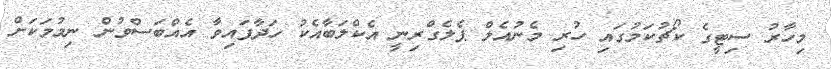
މިހާރު ސިޓީގެ ކޯޗުކަމުގައި ހުރި މެނުއެލް ޕެލެގްރިނީ އެކްލަބާއެކު ހަދާފައިވާ އެއްބަސްވުން ނިމުމަކަށް